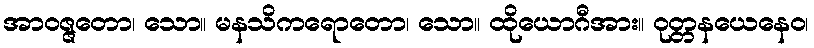
အာဝဇ္ဇတော၊ သော။ မနသိကရောတော၊ သော။ ထိုယောဂီအား။ ဝုတ္တနယေနေဝ၊